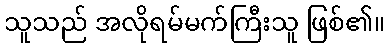
သူသည် အလိုရမ်မက်ကြီးသူ ဖြစ်၏။